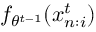
f _ { \theta ^ { t - 1 } } ( x _ { n : i } ^ { t } )